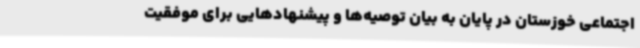
اجتماعی خوزستان در پایان به بیان توصیه‌ها و پیشنهادهایی برای موفقیت